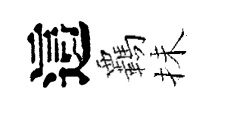
這覊抺